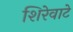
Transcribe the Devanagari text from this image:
शिरेवाटे